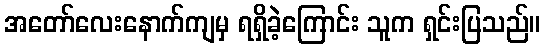
အတော်လေးနောက်ကျမှ ရရှိခဲ့ကြောင်း သူက ရှင်းပြသည်။